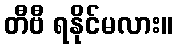
တီဗီ ရနိုင်မလား။